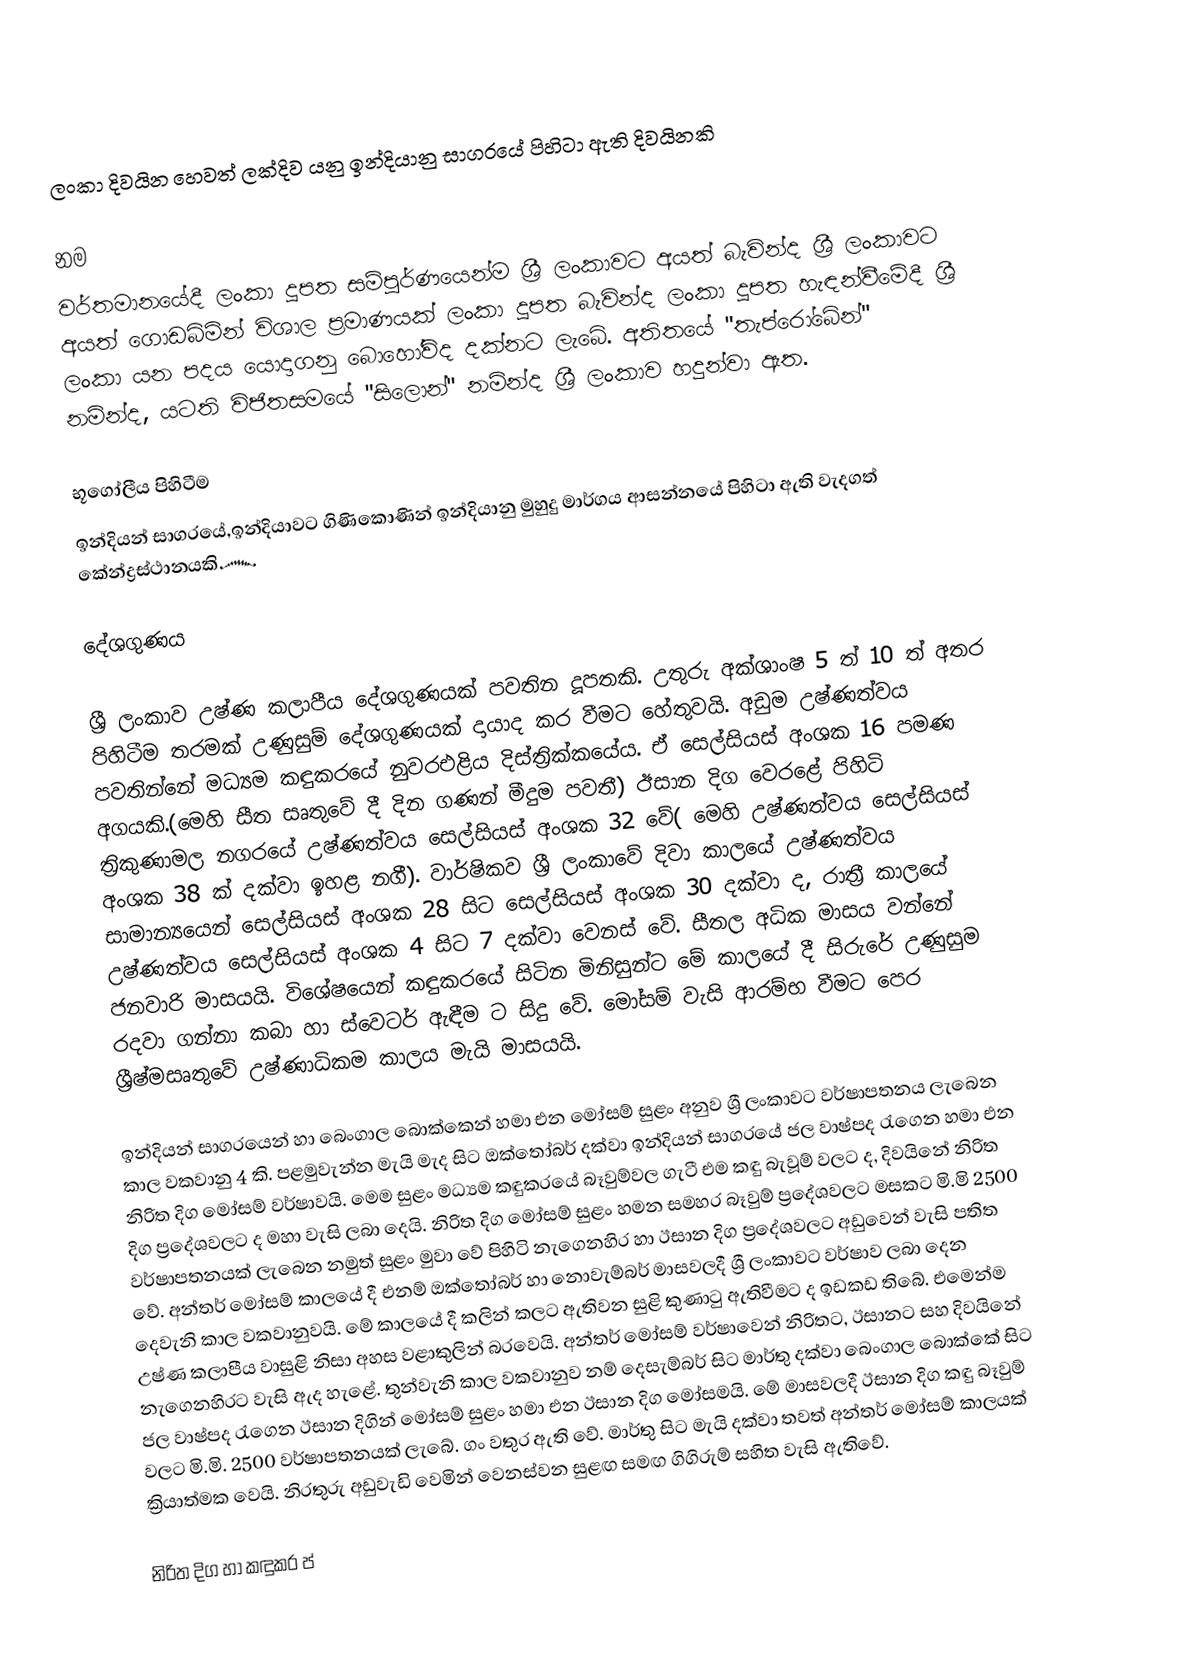
ලංකා දිවයින හෙවත් ලක්දිව යනු ඉන්දියානු සාගරයේ පිහිටා ඇති දිවයිනකි

නම
වර්තමානයේදී ලංකා දූපත සම්පූර්ණයෙන්ම ශ්‍රී ලංකාවට අයත් බැවින්ද ශ්‍රී ලංකාවට අයත් ගොඩබිමින් විශාල ප්‍රමාණයක් ලංකා දූපත බැවින්ද ලංකා දූපත හැඳන්වීමේදී ශ්‍රී ලංකා යන පදය යොදාගනු බොහෝවිද දක්නට ලැබේ. අතිතයේ   "තැප්රෝබේන්"  නමින්ද,  යටති විජිතසමයේ "සිලොන්" නමින්ද ශ්‍රී ලංකාව හදුන්වා ඇත.

භූ‍ගෝලීය පිහිටීම
ඉන්දියන් සාගරයේ,ඉන්දියාවට ගිණිකොණින් ඉන්දියානු මුහුදු මාර්ගය ආසන්නයේ පිහිටා ඇති වැදගත් කේන්ද්‍රස්ථානයකි෴

දේශගුණය

ශ්‍රී ලංකාව උෂ්ණ කලාපීය දේශගුණයක් පවතින දූපතකි. උතුරු අක්ශාංෂ 5 ත් 10 ත් අතර පිහිටීම තරමක් උණුසුම් දේශගුණයක් දායාද කර වීමට හේතුවයි. අඩුම උෂ්ණත්වය පවතින්නේ මධ්‍යම කඳුකරයේ නුවරඑළිය දිස්ත්‍රික්කයේය. ඒ සෙල්සියස් අංශක 16 පමණ අගයකි.(මෙහි සීත සෘතු‍වේ දී දින ගණන් මීදුම පවතී) ඊසාන දිග වෙරළේ පිහිටි ත්‍රිකුණාමල නගරයේ උෂ්ණත්වය සෙල්සියස් අංශක 32 වේ( මෙහි උෂ්ණත්වය සෙල්සියස් අංශක 38 ක් දක්වා ඉහළ නගී). වාර්ෂිකව ශ්‍රී ලංකාවේ දිවා කාලයේ උෂ්ණත්වය සාමාන්‍යයෙන් සෙල්සියස් අංශක 28 සිට සෙල්සියස් අංශක 30 දක්වා ද, රාත්‍රී කාලයේ උෂ්ණත්වය සෙල්සියස් අංශක 4 සිට 7 දක්වා වෙනස් වේ. සීතල අධික මාසය වන්නේ ජනවාරි මාසයයි. විශේෂයෙන් කඳුකරයේ සිටින මිනිසුන්ට  මේ කාලයේ දී සිරුරේ උණුසුම රදවා ගන්නා කබා හා ‍ස්වෙටර් ඇඳීම ට සිදු වේ. මෝසම් වැසි ආරම්භ වීමට පෙර ශ්‍රීෂ්මසෘතුවේ උෂ්ණාධිකම කාලය මැයි මාසයයි.

ඉන්දියන් සාගරයෙන් හා බෙංගාල බොක්කෙන් හමා එන මෝසම් සුළං අනුව ශ්‍රී ලංකාවට  වර්ෂාපතනය ලැබෙන කාල වකවානු 4 කි. පළමුවැන්න මැයි මැද සිට ඔක්තෝබර් දක්වා ඉන්දියන් සාග‍රයේ ජල වාෂ්පද රැගෙන හමා එන නිරිත දිග මෝසම් වර්ෂාවයි. මෙම සුළං මධ්‍යම කඳුකරයේ බෑවුම්වල ගැටී එම කඳු බැවූම් වලට ද, දිව‍යිනේ නිරිත දිග ප්‍රදේශවලට ද මහා වැසි ලබා දෙයි. නිරිත දිග මෝසම් සුළං හමන සමහර බෑවුම් ප්‍රදේශවලට මසකට මි.මි 2500 වර්ෂාපතනයක් ලැබෙන නමුත් සුළං  මුවා වේ පිහිටි නැගෙනහිර හා ඊසාන දිග ප්‍රදේශවලට අඩුවෙන් වැසි පතිත වේ. අන්තර් මෝසම් කාලයේ දී එනම් ඔක්තෝබර් හා නොවැම්බර් මාසවලදී  ශ්‍රී ලංකාවට වර්ෂාව ලබා දෙන දෙවැනි කාල වකවානුවයි. මේ කාලයේ දී කලින් කලට ඇතිවන සුළි කුණාටු  ඇතිවීමට ද ඉඩකඩ තිබේ. එමෙන්ම උෂ්ණ කලාපීය වාසුළි නිසා අහස වළාකුලින් බරවෙයි. අන්තර් මෝසම් වර්ෂාවෙන් නිරිතට, ඊසානට සහ දිව‍යිනේ නැගෙනහිරට වැසි ඇද හැළේ. තුන්වැනි කාල වකවානුව නම් දෙසැම්බර් සිට මාර්තු දක්වා බෙංගාල බොක්කේ සිට ජල වාෂ්පද රැගෙන ඊසාන දිගින් ‍මෝසම් සුළං හමා එන ඊසාන දිග මෝසමයි. මේ මාසවලදී ඊසාන දිග කඳු බෑවුම් වලට මි.මි. 2500 වර්ෂාපතනයක් ලැබේ. ගං වතුර ඇති වේ. මාර්තු සිට මැයි දක්වා තවත් අන්තර් මෝසම් කාලයක් ක්‍රියාත්මක වෙයි. නිරතුරු අඩුවැඩි වෙමින් වෙනස්වන සුළඟ සමඟ ගිගිරුම් සහිත වැසි ඇතිවේ.

නිරිත දිග හා කඳුකර ප්